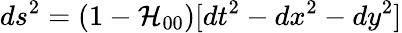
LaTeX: ds^{2}=(1-\mathcal{H}_{00})[dt^{2}-dx^{2}-dy^{2}]